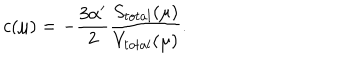
LaTeX: c ( \mu ) = - \frac { 3 \alpha ^ { \prime } } 2 \frac { S _ { t o t a l } ( \mu ) } { V _ { t o t a l } ( \mu ) } .